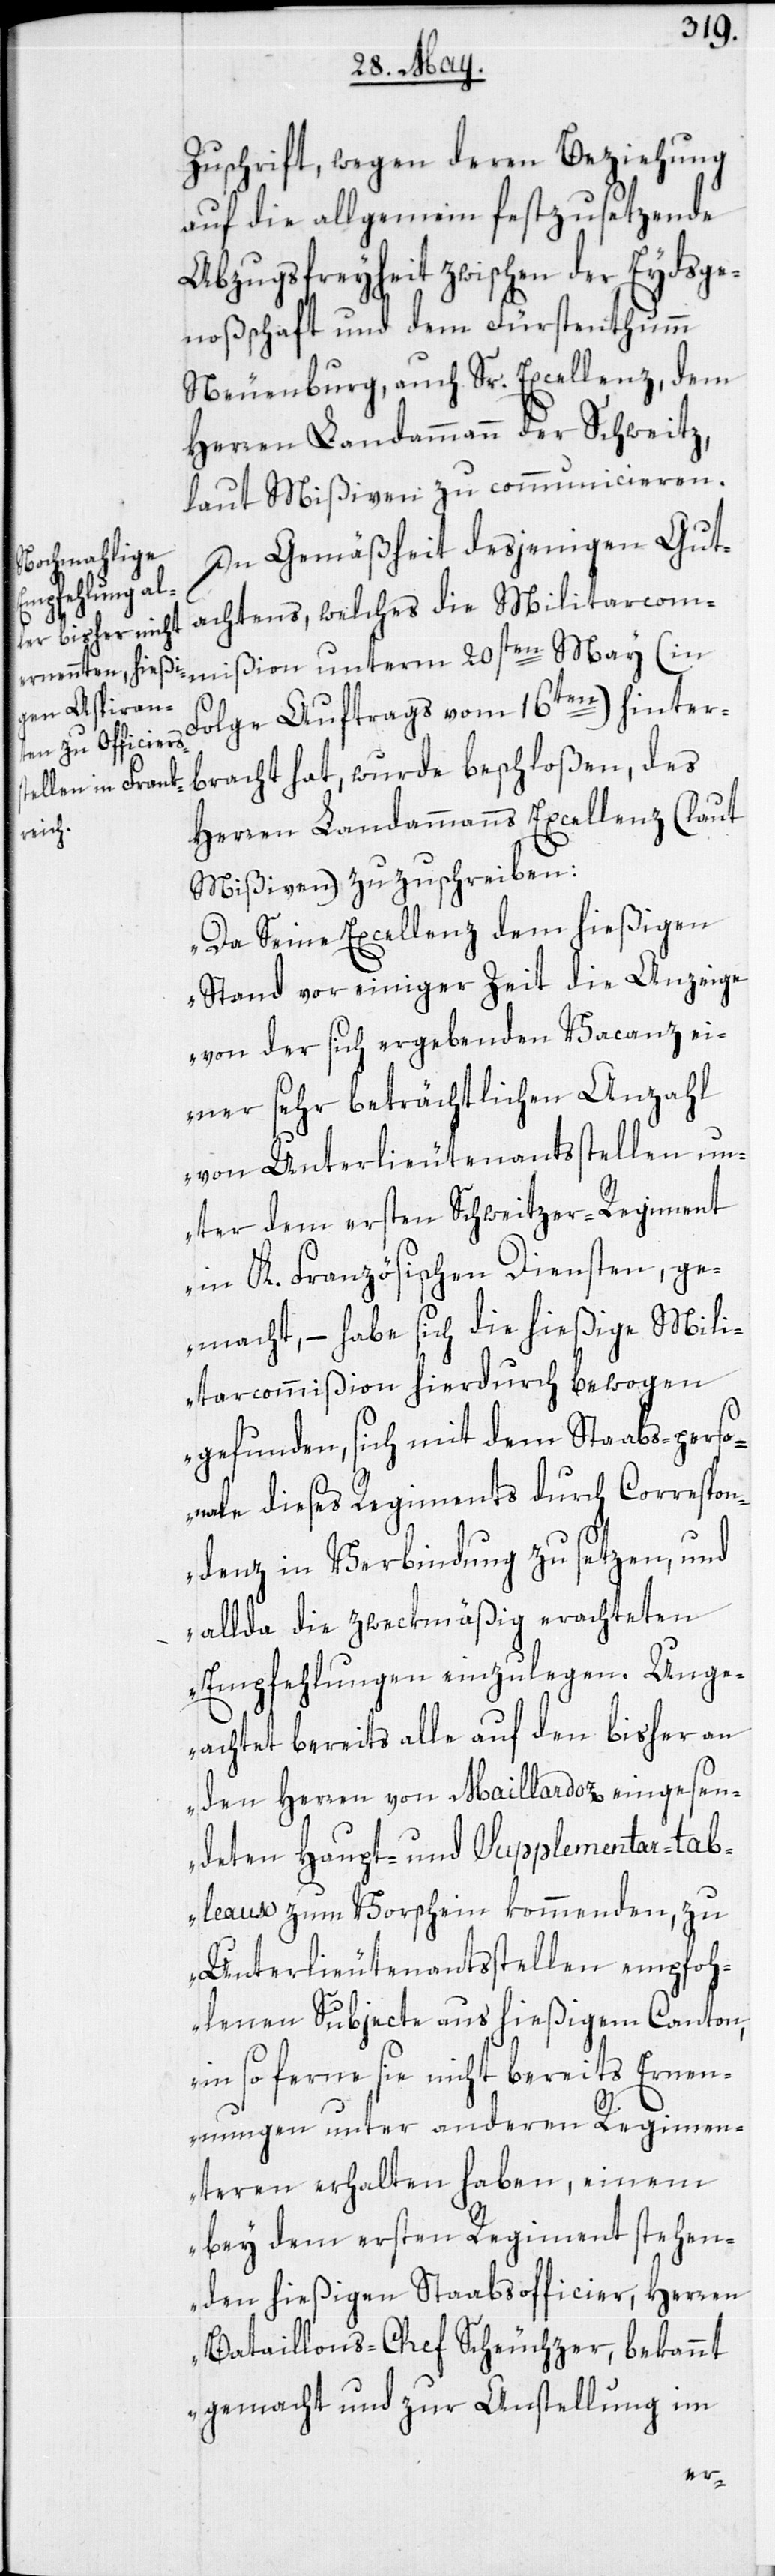
Zuschrift, wegen deren Beziehung
auf die allgemein festzusetzende
Abzugsfreyheit zwischen der Eydsge¬
noßschaft und dem Fürstenthum
Neuenburg, auch Sr. Excellenz, dem
Herren Landammann der Schweitz,
laut Mißiven zu communicieren.
In Gemäßheit desjenigen Gut¬
achtens, welches die Militarcommi¬
Folge Auftrags vom 16ten) hinter¬
bracht hat, wurde beschloßen, des
Herren Landammanns Excellenz (laut
Mißiven) zuzuschreiben:
„Da Seine Excellenz dem hießigen
Stand vor einiger Zeit die Anzeige
von der sich ergebenden Vacanz ei¬
ner sehr beträchtlichen Anzahl
von Unterlieutenantsstellen un¬
ter dem ersten Schweitzer-Regiment
in K. Französischen Diensten, ge¬
macht, – habe sich die hießige Mili¬
tarcommißion hierdurch bewogen
gefunden, sich mit dem Staabs-perso¬
nale dieses Regiments durch Correspon¬
denz in Verbindung zu setzen, und
allda die zweckmäßig erachteten
Empfehlungen einzulegen. Unge¬
achtet bereits alle auf den bisher an
den Herren von Maillardoz eingesen¬
deten Haupt- und Supplementar-tab¬
leaux zum Vorschein kommenden, zu
Unterlieutenantsstellen empfoh¬
lenen Subjecte aus hießigem Canton,
in so ferne sie nicht bereits Ernen¬
nungen unter anderen Regimen¬
teren erhalten haben, einem
bey dem ersten Regiment stehen¬
den hießigen Staabsofficier, Herren
Bataillons-Chef Scheuchzer, bekannt
gemacht und zur Anstellung im
ßion